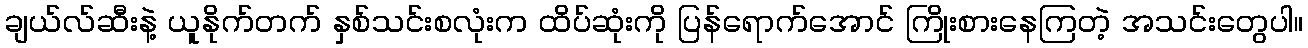
ချယ်လ်ဆီးနဲ့ ယူနိုက်တက် နှစ်သင်းစလုံးက ထိပ်ဆုံးကို ပြန်ရောက်အောင် ကြိုးစားနေကြတဲ့ အသင်းတွေပါ။